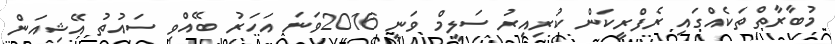
މުބާރާތްތަކެއްގައި ރެފްރީކަން ކުރިއިރު ސަލީމް ވަނީ 2016ވަނަ އަަހަރު ބޭއްވި ސައުތު އޭޝިއަން